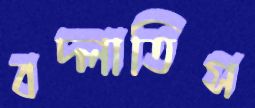
বদ্‌লাতিস